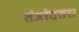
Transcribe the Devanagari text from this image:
तंत्रोत्तर।